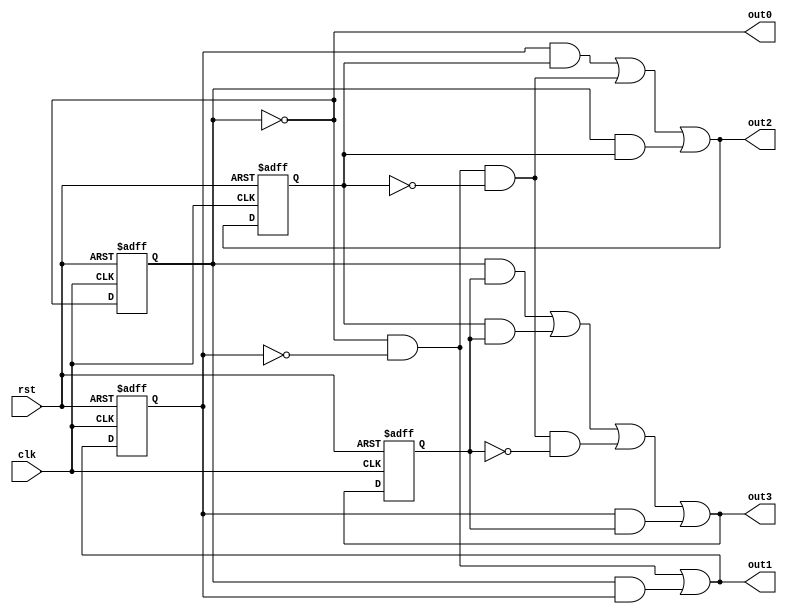
// Copyright (C) 1991-2014 Altera Corporation. All rights reserved.
// Your use of Altera Corporation's design tools, logic functions 
// and other software and tools, and its AMPP partner logic 
// functions, and any output files from any of the foregoing 
// (including device programming or simulation files), and any 
// associated documentation or information are expressly subject 
// to the terms and conditions of the Altera Program License 
// Subscription Agreement, the Altera Quartus II License Agreement,
// the Altera MegaCore Function License Agreement, or other 
// applicable license agreement, including, without limitation, 
// that your use is for the sole purpose of programming logic 
// devices manufactured by Altera and sold by Altera or its 
// authorized distributors.  Please refer to the applicable 
// agreement for further details.

// PROGRAM		"Quartus II 64-Bit"
// VERSION		"Version 14.1.0 Build 186 12/03/2014 SJ Full Version"
// CREATED		"Fri Apr 08 15:51:10 2016"

module counter4(
	clk,
	rst,
	out0,
	out1,
	out2,
	out3
);


input wire	clk;
input wire	rst;
output wire	out0;
output wire	out1;
output wire	out2;
output wire	out3;

wire	SYNTHESIZED_WIRE_22;
wire	SYNTHESIZED_WIRE_1;
wire	SYNTHESIZED_WIRE_2;
wire	SYNTHESIZED_WIRE_3;
reg	SYNTHESIZED_WIRE_23;
reg	SYNTHESIZED_WIRE_24;
wire	SYNTHESIZED_WIRE_4;
wire	SYNTHESIZED_WIRE_5;
wire	SYNTHESIZED_WIRE_6;
reg	SYNTHESIZED_WIRE_25;
wire	SYNTHESIZED_WIRE_26;
wire	SYNTHESIZED_WIRE_27;
wire	SYNTHESIZED_WIRE_10;
wire	SYNTHESIZED_WIRE_11;
wire	SYNTHESIZED_WIRE_12;
wire	SYNTHESIZED_WIRE_13;
wire	SYNTHESIZED_WIRE_17;
reg	SYNTHESIZED_WIRE_28;
wire	SYNTHESIZED_WIRE_20;
wire	SYNTHESIZED_WIRE_21;

assign	out0 = SYNTHESIZED_WIRE_22;
assign	out1 = SYNTHESIZED_WIRE_1;
assign	out2 = SYNTHESIZED_WIRE_2;
assign	out3 = SYNTHESIZED_WIRE_3;




always@(posedge clk or negedge rst)
begin
if (!rst)
	begin
	SYNTHESIZED_WIRE_23 <= 0;
	end
else
	begin
	SYNTHESIZED_WIRE_23 <= SYNTHESIZED_WIRE_22;
	end
end


always@(posedge clk or negedge rst)
begin
if (!rst)
	begin
	SYNTHESIZED_WIRE_24 <= 0;
	end
else
	begin
	SYNTHESIZED_WIRE_24 <= SYNTHESIZED_WIRE_1;
	end
end


always@(posedge clk or negedge rst)
begin
if (!rst)
	begin
	SYNTHESIZED_WIRE_25 <= 0;
	end
else
	begin
	SYNTHESIZED_WIRE_25 <= SYNTHESIZED_WIRE_2;
	end
end


always@(posedge clk or negedge rst)
begin
if (!rst)
	begin
	SYNTHESIZED_WIRE_28 <= 0;
	end
else
	begin
	SYNTHESIZED_WIRE_28 <= SYNTHESIZED_WIRE_3;
	end
end

assign	SYNTHESIZED_WIRE_21 = SYNTHESIZED_WIRE_23 & SYNTHESIZED_WIRE_24;

assign	SYNTHESIZED_WIRE_2 = SYNTHESIZED_WIRE_4 | SYNTHESIZED_WIRE_5 | SYNTHESIZED_WIRE_6;

assign	SYNTHESIZED_WIRE_6 = SYNTHESIZED_WIRE_23 & SYNTHESIZED_WIRE_25;

assign	SYNTHESIZED_WIRE_4 = SYNTHESIZED_WIRE_24 & SYNTHESIZED_WIRE_25;

assign	SYNTHESIZED_WIRE_5 = SYNTHESIZED_WIRE_22 & SYNTHESIZED_WIRE_26 & SYNTHESIZED_WIRE_27;

assign	SYNTHESIZED_WIRE_3 = SYNTHESIZED_WIRE_10 | SYNTHESIZED_WIRE_11 | SYNTHESIZED_WIRE_12 | SYNTHESIZED_WIRE_13;

assign	SYNTHESIZED_WIRE_12 = SYNTHESIZED_WIRE_22 & SYNTHESIZED_WIRE_26 & SYNTHESIZED_WIRE_27 & SYNTHESIZED_WIRE_17;

assign	SYNTHESIZED_WIRE_10 = SYNTHESIZED_WIRE_23 & SYNTHESIZED_WIRE_28;

assign	SYNTHESIZED_WIRE_13 = SYNTHESIZED_WIRE_24 & SYNTHESIZED_WIRE_28;

assign	SYNTHESIZED_WIRE_11 = SYNTHESIZED_WIRE_25 & SYNTHESIZED_WIRE_28;

assign	SYNTHESIZED_WIRE_22 =  ~SYNTHESIZED_WIRE_23;

assign	SYNTHESIZED_WIRE_26 =  ~SYNTHESIZED_WIRE_24;

assign	SYNTHESIZED_WIRE_27 =  ~SYNTHESIZED_WIRE_25;

assign	SYNTHESIZED_WIRE_17 =  ~SYNTHESIZED_WIRE_28;

assign	SYNTHESIZED_WIRE_20 = SYNTHESIZED_WIRE_22 & SYNTHESIZED_WIRE_26;

assign	SYNTHESIZED_WIRE_1 = SYNTHESIZED_WIRE_20 | SYNTHESIZED_WIRE_21;


endmodule